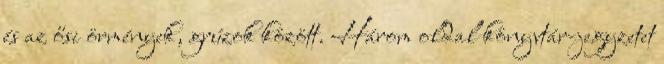
és az ősi örmények, grúzok között. Három oldal könyvtár-jegyzetet